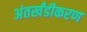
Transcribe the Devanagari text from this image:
अंतर्खंडीकरण